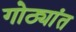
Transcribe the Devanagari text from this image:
गोठ्यांत